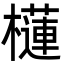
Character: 櫣